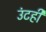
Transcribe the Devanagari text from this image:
उंटही